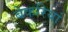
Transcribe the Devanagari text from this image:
बेकरियां